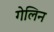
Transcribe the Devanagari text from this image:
गेलिन